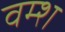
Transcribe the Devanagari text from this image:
वम्श